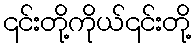
၎င်းတို့ကိုယ်၎င်းတို့